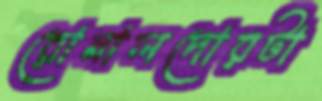
রোনালদোরটা